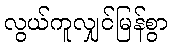
လွယ်ကူလျှင်မြန်စွာ